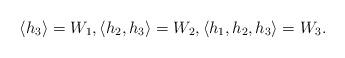
LaTeX: \begin{align*}\langle h_3 \rangle = W_1,\langle h_2,h_3 \rangle = W_2,\langle h_1, h_2,h_3 \rangle = W_3.\end{align*}